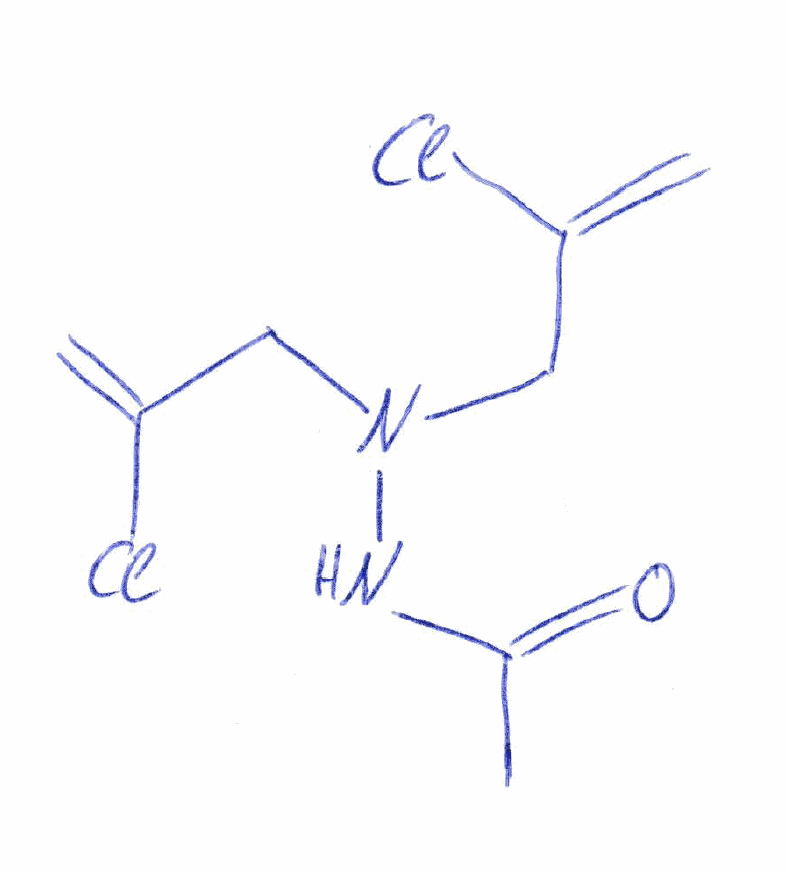
Simplified molecular-input line-entry system (SMILES) notation of the given molecule:
CC(=O)NN(CC(=C)Cl)CC(=C)Cl